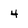
Character: 4